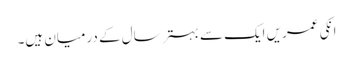
انکی عمریں ایک سے بہتر سال کے درمیان ہیں۔